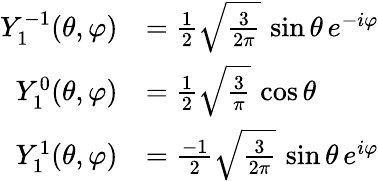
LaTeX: {\begin{array}{rl}{Y_{1}^{-1}(\theta,\varphi)}&{={\frac{1}{2}}{\sqrt{\frac{3}{2\pi}}}\, \sin\theta\, e^{-i\varphi}}\\ {Y_{1}^{0}(\theta,\varphi)}&{={\frac{1}{2}}{\sqrt{\frac{3}{\pi}}}\, \cos\theta}\\ {Y_{1}^{1}(\theta,\varphi)}&{={\frac{-1}{2}}{\sqrt{\frac{3}{2\pi}}}\, \sin\theta\, e^{i\varphi}}\end{array}}